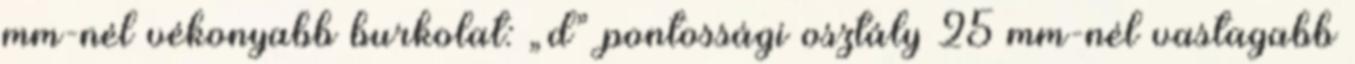
mm-nél vékonyabb burkolat: „d” pontossági osztály 25 mm-nél vastagabb